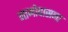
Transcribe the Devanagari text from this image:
नामोपासना